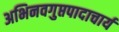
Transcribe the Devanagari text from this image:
अभिनवगुप्तपादाचार्य